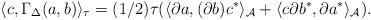
LaTeX: \begin{gather*}\langle c, \Gamma_\Delta(a, b)\rangle_\tau=(1/2)\tau(\langle{\partial} a, ({\partial} b)c^*\rangle_{\mathcal A}+\langle c{\partial} b^*, {\partial} a^*\rangle_{\mathcal A}).\end{gather*}